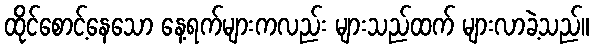
ထိုင်စောင့်နေသော နေ့ရက်များကလည်း များသည်ထက် များလာခဲ့သည်။